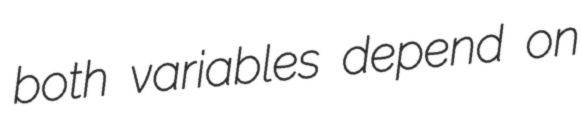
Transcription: both variables depend on